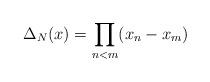
LaTeX: \begin{align*} \Delta_N(x) = \prod_{n<m}(x_n-x_m)\end{align*}